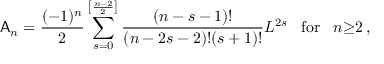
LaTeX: { \sf A } _ { n } = \frac { ( - 1 ) ^ { n } } { 2 } \sum _ { s = 0 } ^ { \left[ \frac { n - 2 } { 2 } \right] } \frac { ( n - s - 1 ) ! } { ( n - 2 s - 2 ) ! ( s + 1 ) ! } L ^ { 2 s } \; \; \; \mathrm { f o r } \; \; \; n { \geq } 2 \, ,